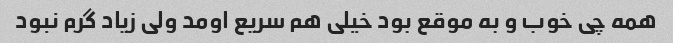
همه چی خوب و به موقع بود خیلی هم سریع اومد ولی زیاد گرم نبود